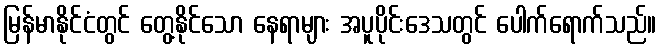
မြန်မာနိုင်ငံတွင် တွေ့နိုင်သော နေရာများ အပူပိုင်းဒေသတွင် ပေါက်ရောက်သည်။